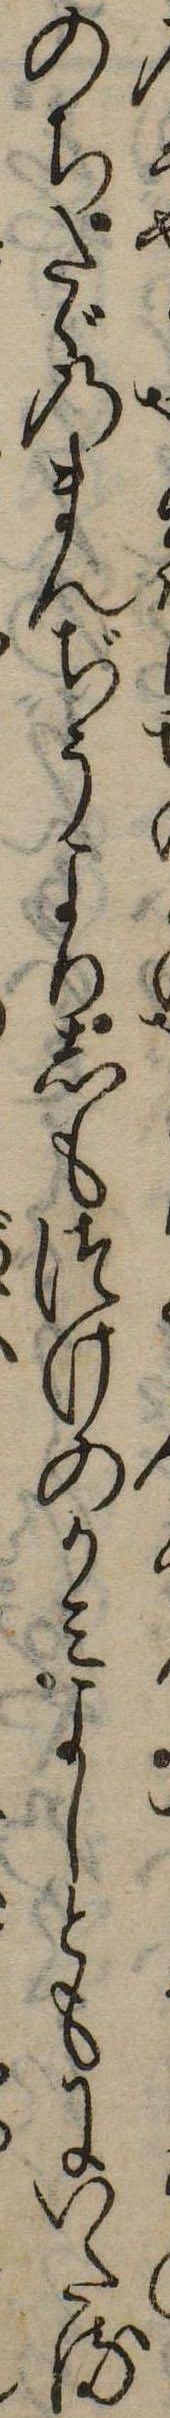
のちたゞのまんぢうよりしもつけのかみよしともにいたる